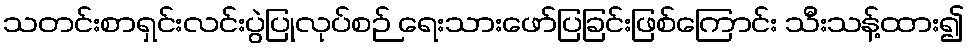
သတင်းစာရှင်းလင်းပွဲပြုလုပ်စဉ် ရေးသားဖော်ပြခြင်းဖြစ်ကြောင်း သီးသန့်ထား၍